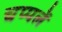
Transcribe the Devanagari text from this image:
चप्‍पलें